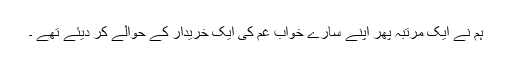
ہم نے ایک مرتبہ پھر اپنے سارے خواب غم کی ایک خریدار کے حوالے کر دیئے تھے ۔